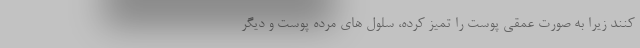
کنند زیرا به صورت عمقی پوست را تمیز کرده، سلول های مرده پوست و دیگر